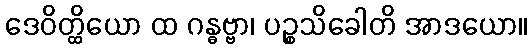
ဒေဝိတ္ထိယော ထ ဂန္ဓဗ္ဗာ၊ ပဉ္စသိခေါတိ အာဒယော။